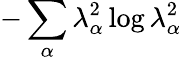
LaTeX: -\sum_{\alpha}\lambda_{\alpha}^{2}\log{\lambda_{\alpha}^{2}}